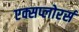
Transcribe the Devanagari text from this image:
एक्सप्लोरर्स